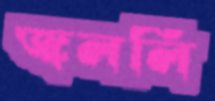
জ্বললি